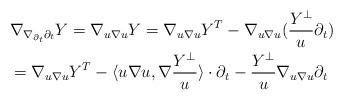
LaTeX: \begin{align*}&\nabla_{\nabla_{\partial_t}\partial_t}Y=\nabla_{u\nabla u}Y=\nabla_{u\nabla u}Y^T-\nabla_{u\nabla u}(\frac{Y^{\perp}}{u}\partial_t)\\&=\nabla_{u\nabla u}Y^T-\langle u\nabla u,\nabla \frac{Y^{\perp}}{u}\rangle\cdot\partial_t-\frac{Y^{\perp}}{u}\nabla_{u\nabla u}\partial_t\end{align*}